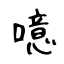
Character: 噫